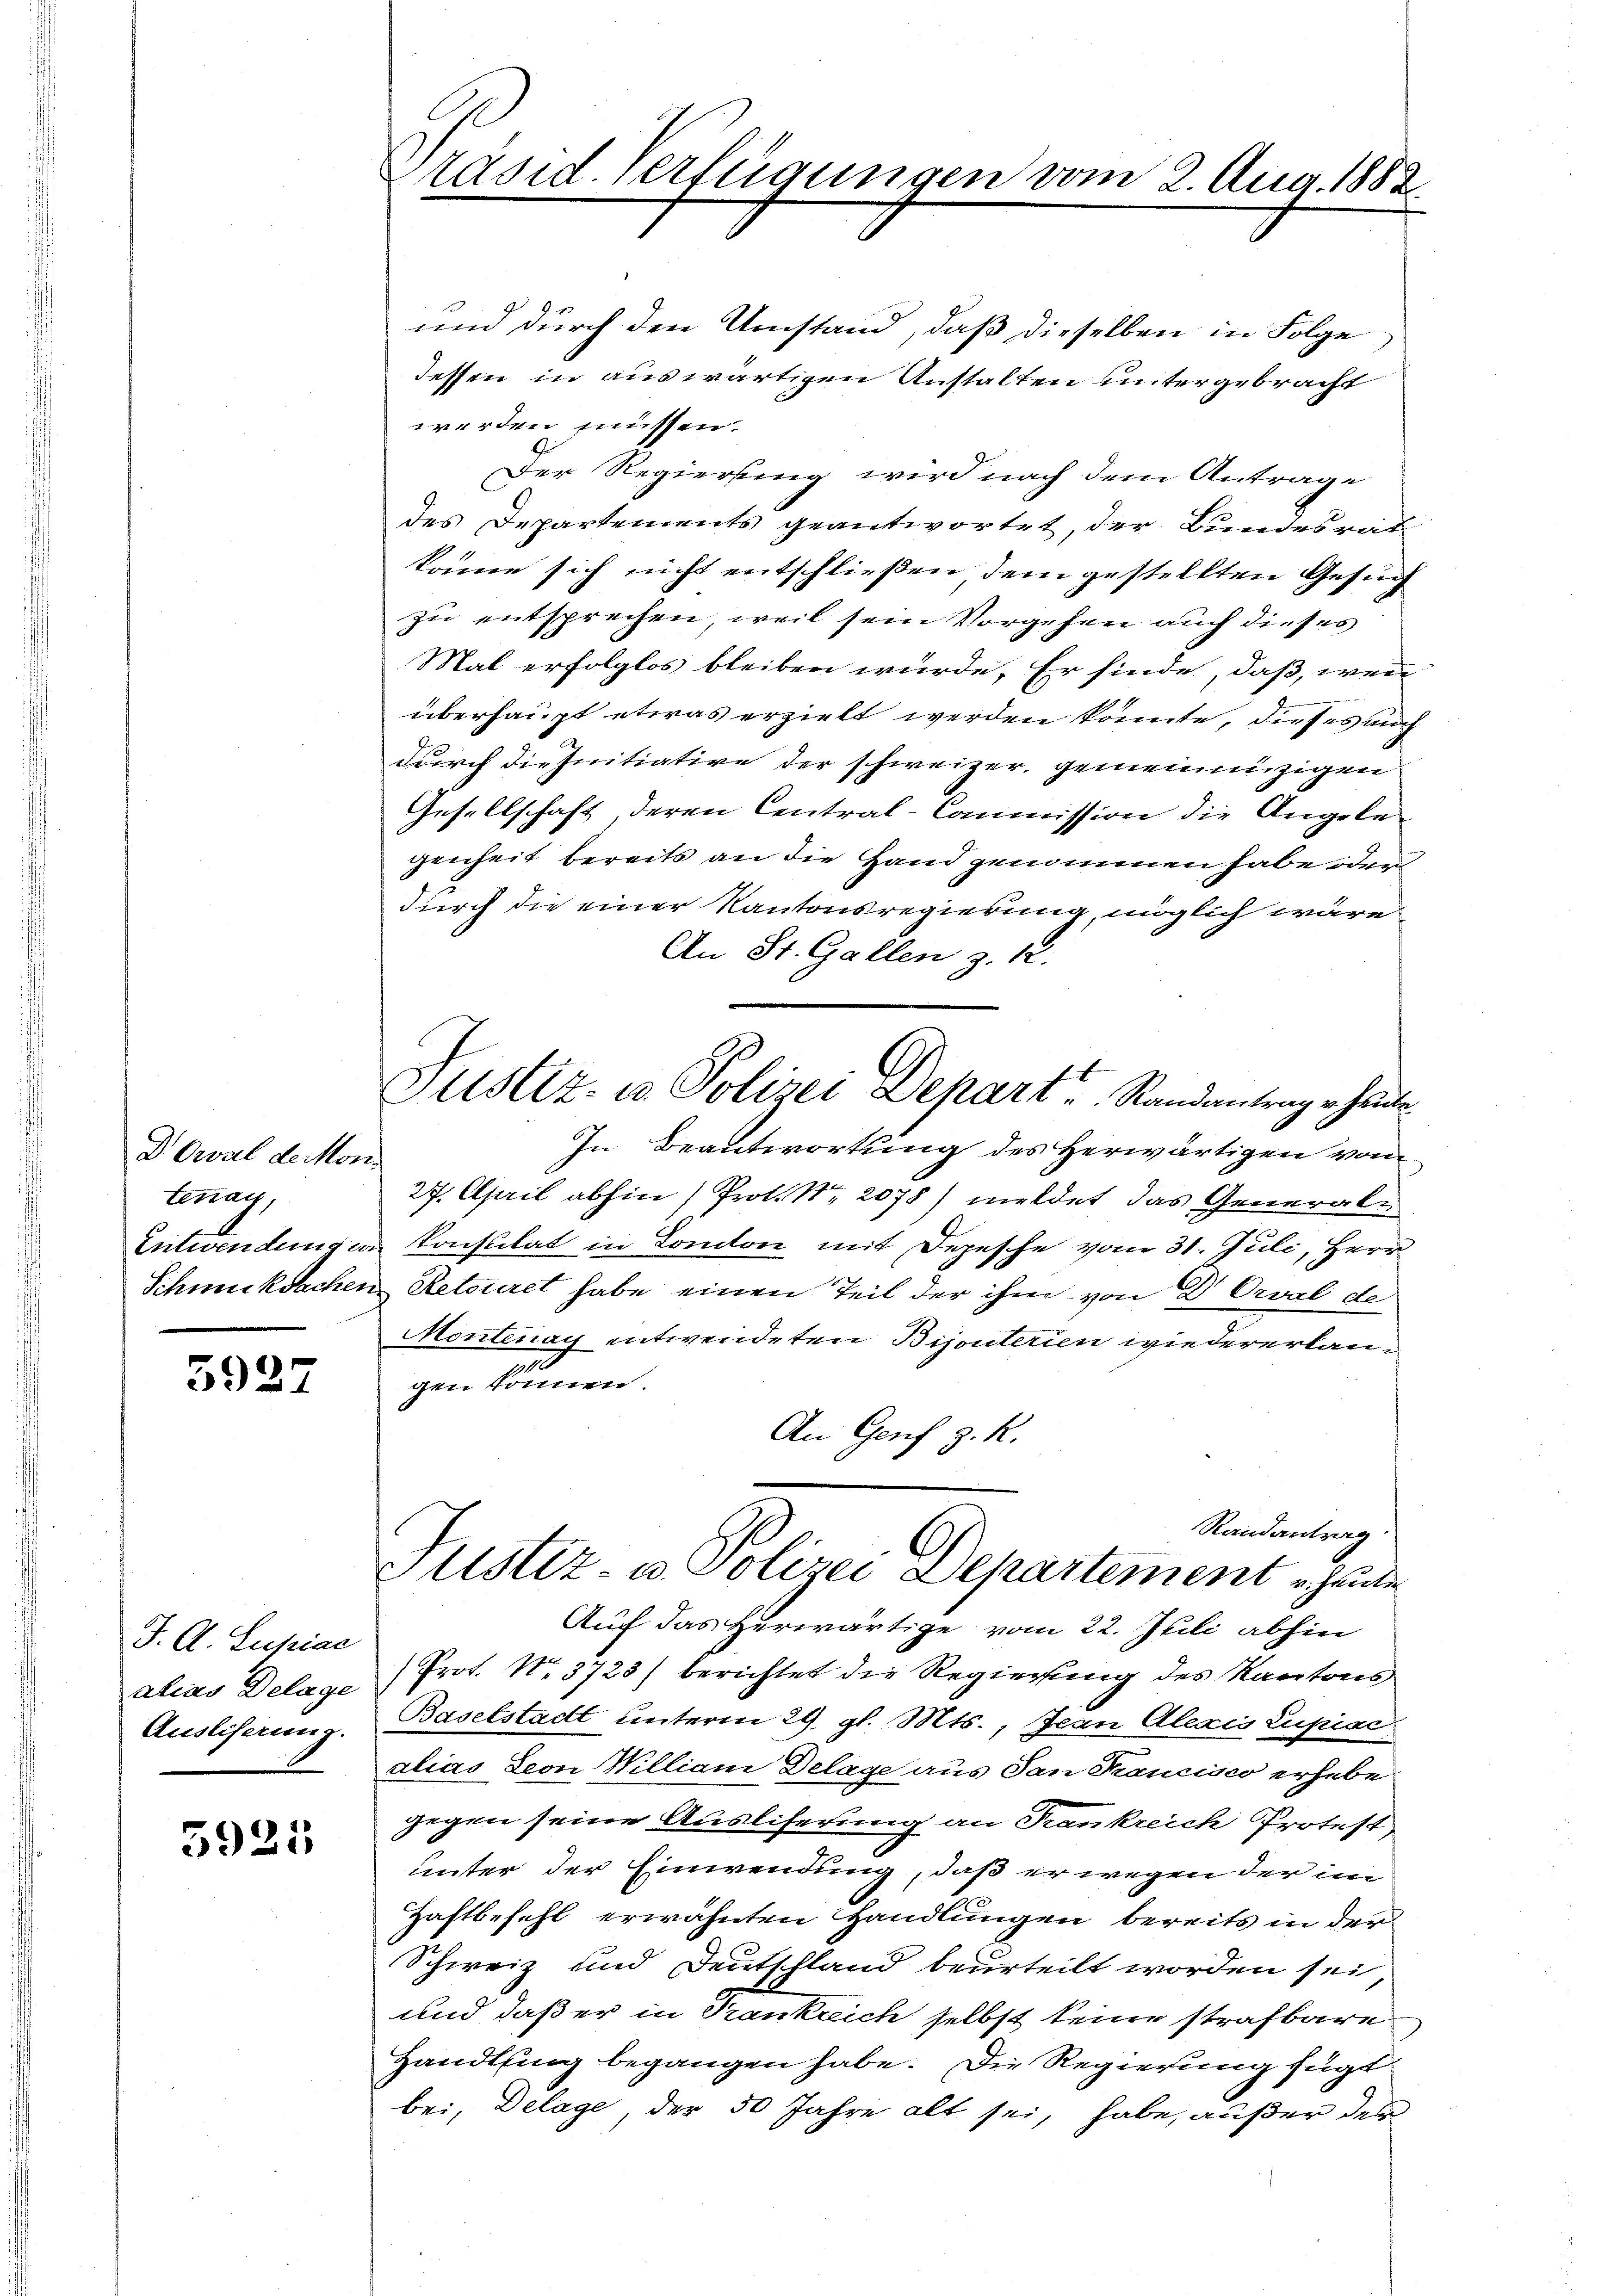
D. Oval deron
Conay,
Entwendung en
Schmucksache.

5927

J. A. Supiae
alias Delage
Ausliserung.

3921

Präsid. Verfügungen vom 2. Aug. 1882.

und durch den Umstand, daß dieselben in Folge
tessen in auswärtigen Anstalten untergebracht
werden müssen.
Der Regierung wird nach dem Antrage
des Departements geantwortet, der Bundesrat
könne sich nicht entschließen dem gestellten Gesuch
zu entsprechen, weil sein Vorgehen auch dieses
Mal erfolglos bleiben würde. Er finde, daß, wenn
überhaupt etwas erzielt werden könnte, dieses auch
durch die Initiative der schweizer, gemeinnüzigen
Gesellschaft deren Central-Commission die Angelegenheit bereits an die Hand genommen habe oder
durch die einer Kantonsregierung, möglich wäre
An St. Gallen z. 12.
In Beantwortung des Herwärtigen vom
27. April abhin (Prot. Nr. 2078) meldet das General¬
 Consulat in London mit Depesche vom 31. Juli, Herr
u Retoriret habe einen Teil der ihm von Dr. Orval de
Montenay entwendeten Bijouterien wiedererlangen können.
An Genf z. R.
Randantrag
Justiz- u. Polizei Departement heute
Auf das Herwärtige vom 22. Juli abhin
Prot. No. 3723) berichtet die Regierung des Kantons
Baselstadt unterm 29. gl. Mts., Jean Alexis Lupiai
alias Leon William Delage aus San Francisco erhebe
gegen seine Ausliferung an Frankreich Protest
unter der Einwendung, daß er wegen der im
Haftbefehl erwähnten Handlungen bereits in der
Schweiz und Deutschland beurteilt worden sei
und daß er in Trankreich selbst keine strafbare
Handlung begangen habe. Die Regierung fügt
bei, Delage, der 50 Jahre alt sei, habe, außer der

Justiz- u Polizei Depart Randantrag erhande